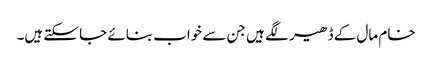
خام مال کے ڈھیر لگے ہیں جن سے خواب بنائے جا سکتے ہیں۔